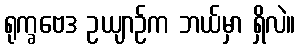
ရုက္ခဗေဒ ဥယျာဉ်က ဘယ်မှာ ရှိလဲ။